Medical and sanitary report of the native army of Madras for the year
Year: 1878
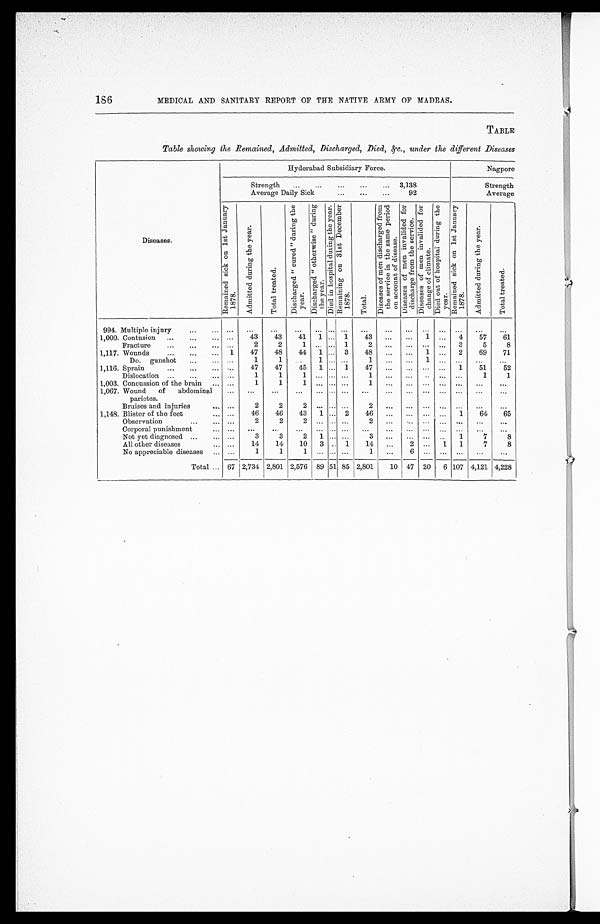
186
MEDICAL AND SANITARY REPORT OF THE NATIVE ARMY OF MADRAS.
TABLE
Table showing the Remained, Admitted, Discharged, Died, &c., under the different Diseases
Hyderabad Subsidiary Force.
Nagpore
Strength
3,138
Strength
Average Daily Sick . . .
92
Average
Diseases.
R e m a i n e d s i c k o n 1 s t J a n u a r y 1 8 7 8 .
A d m i t t e d d u r i n g t h e y e a r .
T o t a l t r e a t e d .
D i s c h a r g e d " c u r e d " d u r i n g t h e y e a r .
D i s c h a r g e d " o t h e r w i s e " d u r i n g t h e y e a r .
D i e d i n h o s i p a l d u r i n g t h e y e a r .
R e m a i n i n g o n 3 1 s t D e c e m b e r 1 8 7 8 .
T o t a l .
D i s e a s e s o f m e n d i s c h a r g e d f r o m t h e s e r v i c e i n t h e s a m e p e r i o d o n a c c o u n t o f d i s e a s e .
D i s e a s e s o f m e n i n v a l i d e d f o r d i s c h a r g e f r o m t h e s e r v i c e .
D i s e a s e s o f m e n i n v a l i d e d f o r c h a n g e o f c l i m a t e .
Di e d o u t o f h o s p i t a l d u r i n g t h e y e a r .
R e m a i n e d s i c k o n 1 s t J a n u a r y 1 8 7 8 .
A d m i t t e d d u r i n g t h e y e a r .
T o t a l t r e a t e d .
994. Multiple injury . . .
. . .
. . .
. . .
. . .
. . .
. . . . . .
. . .
. . .
. . .
. . .
. . .
. . .
. . .
. . .
1,000. Contusion . . . . . .
43
43
41
1 . . .
1
43
. . . . . .
1
. . .
4
57
61
Fracture . . .
. . .
2
2
1 . . . . . .
1
2
. . .
. . .
. . .
. . .
3
5
8
1,117. Wounds . . .
1
47
48
44
1 . . .
3
48
. . . . . .
1
. . .
2
69
71
Do. gunshot . . . . . .
1
1
. . . 1
. . .
. . .
1
. . .
. . .
1
. . .
. . .
. . .
. . .
1,116. Sprain
. . . . . .
47
47
45
1 . . .
1
47
. . .
. . .
. . .
. . .
1
51
52
Dislocation . . .
. . .
1
1
1
. . .
. . .
. . .
1
. . .
. . .
. . .
. . .
. . .
1
1
1,003. Concussion of the brain . . . . . .
1
1
1
. . . . . . . . .
1
. . .
. . .
. . .
. . .
. . .
. . .
. . .
1,067. Wound of abdominal
parietes.
. . .
. . .
. . .
. . .
. . .
. . .
. . .
. . .
. . .
. . .
. . .
. . .
. . .
. . .
. . .
Bruises and injuries . . .
. . .
2
2
2
. . .
. . .
. . .
2
. . .
. . .
. . .
. . .
. . .
. . .
. . .
1,148. Blister of the feet . . .
. . .
46
46
43
1 . . .
2
46
. . .
. . .
. . .
. . .
1
64
65
Observation . . . . . .
2
2
2
. . .
. . .
. . .
2
. . .
. . .
. . .
. . .
. . .
. . .
. . .
Corporal punishment . . . . . .
. . .
. . .
. . .
. . . . . . . . .
. . .
. . .
. . . . . .
. . .
. . .
. . .
. . .
Not yet diagnosed . . . . . .
3
3
2
1 . . . . . .
3
. . .
. . .
. . .
. . .
1
7
8
All other diseases . . .
. . .
14
14
10
3
. . . 1
14
. . .
2
. . .
1
1
7
8
No appreciable diseases . . .
. . .
1
1
1
. . .
. . .
. . .
1 . . .
6
. . .
. . .
. . .
. . .
. . .
Total . . . 67
2,734 2,801 2,576
89 51 85 2,801
10
47
20
6 107 4,121 4,228